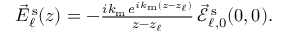
\begin{array} { r } { \vec { E } _ { \ell } ^ { \mathrm { \, s } } ( z ) = - \frac { i k _ { \mathrm { m } } \, e ^ { i k _ { \mathrm { m } } ( z - z _ { \ell } ) } } { z - z _ { \ell } } \, \! \! \, \! \, \, \! \, \, \! \! \, \! \, \, \! \! \, \! \! \, \! \, \, \! \! \, \! \! \, \! \, \, \! \, \, \! \! \, \! \, \, \! \! \, \! \! \, \! \, \, \! \, \, \! \! \, \! \, \, \! \, \, \! \! \, \! \, \, \! \! \, \! \! \, \! \, \, \! \, \, \! \! \, \! \, \, \! \, \, \! \! \vec { \mathcal { E } } _ { \ell , 0 } ^ { \mathrm { \, s } } ( 0 , 0 ) . } \end{array}